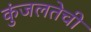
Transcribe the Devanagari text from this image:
कुंजलतेची